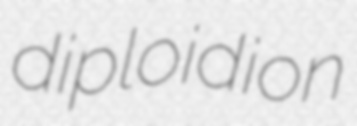
diploidion